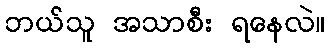
ဘယ်သူ အသာစီး ရနေလဲ။